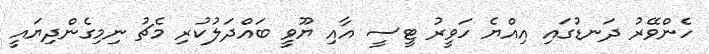
ހެންވޭރު ދަނޑުގައި އިއްޔެ ހަވީރު ޓީސީ އާއި ޔޫވީ ބައްދަލުކުރި މެޗު ނިމިގެންދިޔައީ